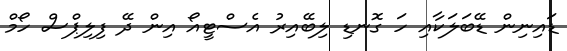
ޑައިނިން ޑޭބަލަކާއި ހަ ގޮނޑި ލިބޭއިރު އެސްޓީއޯ އިން ދޭ ފިލިޕްސް ހޯމް